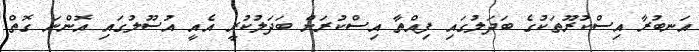
އަނބުރާ އިސްކުރޫތަކުގެ ބަދަލުގައި ފިއްތާ އިސްކުރަށް ބަދަލުކުރީ އެއީ އުސޫލުގައި އޮންނަ ގޮތް